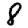
Digit: 8